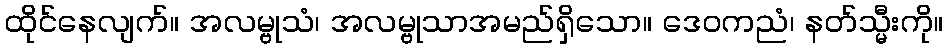
ထိုင်နေလျက်။ အလမ္ဗုသံ၊ အလမ္ဗုသာအမည်ရှိသော။ ဒေဝကညံ၊ နတ်သ္မီးကို။